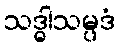
သဒ္ဓါသမ္ပဒံ